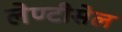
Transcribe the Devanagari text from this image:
लेण्टीसेल